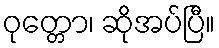
ဝုတ္တော၊ ဆိုအပ်ပြီ။